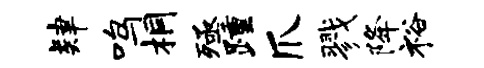
肄鸣桐殛踵爪戮降裕